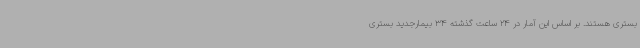
بستری هستند. بر اساس این آمار در 24 ساعت گذشته 34 بیمارجدید بستری